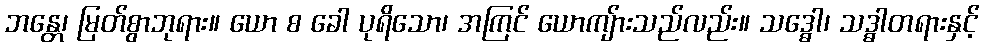
ဘန္တေ၊ မြတ်စွာဘုရား။ ယော စ ခေါ ပုရိသော၊ အကြင် ယောကျ်ားသည်လည်း။ သဒ္ဓေါ၊ သဒ္ဓါတရားနှင့်